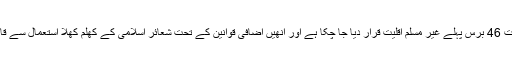
احمدیوں کو آئین کے تحت 46 برس پہلے غیر مسلم اقلیت قرار دیا جا چکا ہے اور انھیں اضافی قوانین کے تحت شعائرِ اسلامی کے کھلم کھلا استعمال سے قانوناً منع کیا جا چکا ہے۔